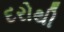
દરોથી